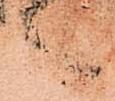
言